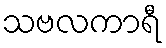
သဗလကာရီ